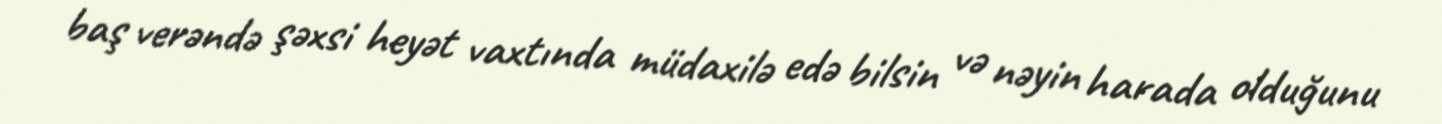
baş verəndə şəxsi heyət vaxtında müdaxilə edə bilsin və nəyin harada olduğunu